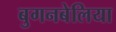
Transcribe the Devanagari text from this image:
बुगनबेलिया